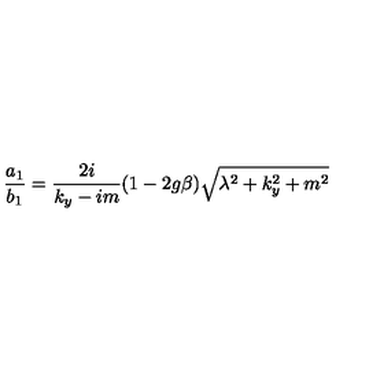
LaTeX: \frac { a _ { 1 } } { b _ { 1 } } = \frac { 2 i } { k _ { y } - i m } ( 1 - 2 g \beta ) \sqrt { \lambda ^ { 2 } + k _ { y } ^ { 2 } + m ^ { 2 } }